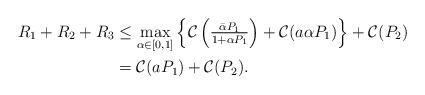
LaTeX: \begin{align*}R_1+R_2+R_3&\leq \max_{\alpha\in[0,1]} \left\{\mathcal{C}\left(\tfrac{\bar{\alpha}P_1}{1+\alpha P_1}\right) + \mathcal{C}(a\alpha P_1)\right\} + \mathcal{C}(P_2) \\&= \mathcal{C}(aP_1)+\mathcal{C}(P_2).\end{align*}